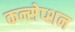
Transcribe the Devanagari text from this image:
कन्सेप्शन